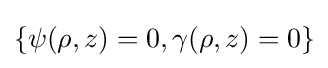
\{\psi (\rho ,z)=0,\gamma (\rho ,z)=0\}